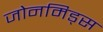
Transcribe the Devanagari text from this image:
जोनमिड्स